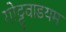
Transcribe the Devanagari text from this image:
गोट्टुवाडयम